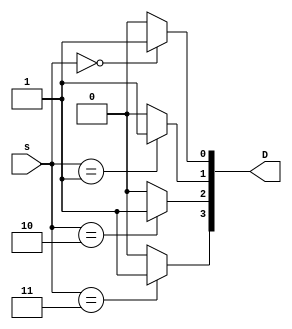
`timescale 1ns / 1ps
//////////////////////////////////////////////////////////////////////////////////
// Company: 
// Engineer: 
// 
// Design Name: 
// Module Name:    Mux4to1 
// Project Name: 
// Target Devices: 
// Tool versions: 
// Description: 
//
// Dependencies: 
//
// Revision: 
// Revision 0.01 - File Created
// Additional Comments: 
//
//////////////////////////////////////////////////////////////////////////////////
module Mux4to1(
    input [1:0] s,
    output [3:0] D
	);
    assign D[0] = (s == 2'b00) ? 1'b1 : 1'b0;
    assign D[1] = (s == 2'b01) ? 1'b1 : 1'b0;
    assign D[2] = (s == 2'b10) ? 1'b1 : 1'b0;
    assign D[3] = (s == 2'b11) ? 1'b1 : 1'b0;
endmodule